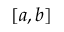
[ a , b ]